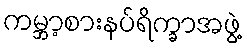
ကမ္ဘာ့စားနပ်ရိက္ခာအဖွဲ့